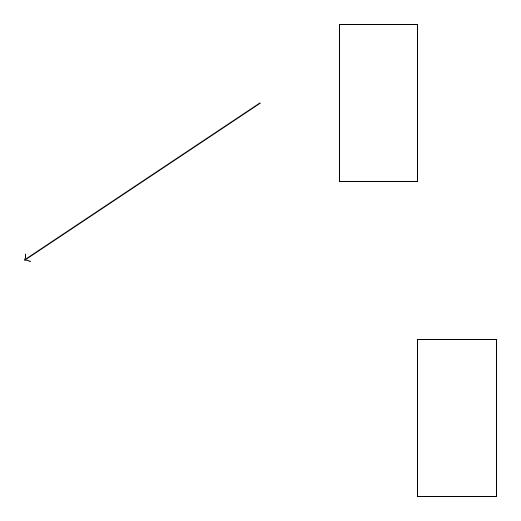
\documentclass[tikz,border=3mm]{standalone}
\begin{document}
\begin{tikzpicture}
\draw[->] (4,17) -- (1,15);
\draw (6,12) rectangle (7,14);
\draw (6,18) rectangle (5,16);
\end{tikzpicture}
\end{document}